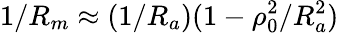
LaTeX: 1/R_{m}\approx(1/R_{a})(1-\rho_{0}^{2}/R_{a}^{2})